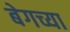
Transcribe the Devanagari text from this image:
बेगच्या